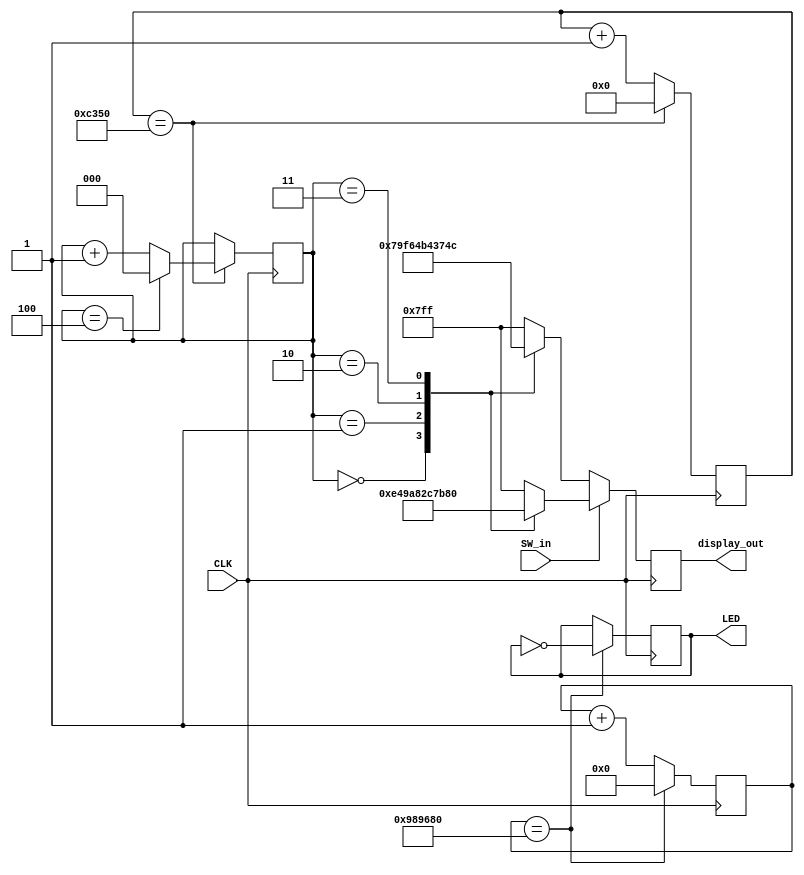
`timescale 1ns / 1ps
//////////////////////////////////////////////////////////////////////////////////
// Company: 
// Engineer: 
// 
// Design Name: 
// Module Name: test
// Project Name: 
// Target Devices: 
// Tool Versions: 
// Description: 
// 
// Dependencies: 
// 
// Revision:
// Revision 0.01 - File Created
// Additional Comments:
// 
//////////////////////////////////////////////////////////////////////////////////


module test(
    input CLK,
    input SW_in,
    output reg[10:0] display_out,
    output reg LED
    );
    reg [19:0]count=0;
    reg [25:0]count1=0;
    reg [2:0] sel=0;
    reg [2:0] millis=0;
    reg [9:0] press=0;
    reg [3:0] SES1=0;
    reg [3:0] SES2=0;
    reg [3:0] SES3=0;
    reg [3:0] SES4=0;
    parameter T1MS=50000;
    parameter T2MS=10000000;
    parameter SE1=7'b1001111;
    parameter SE2=7'b0010010;
    parameter SE3=7'b0000110;
    parameter SE4=7'b1001100;
    parameter SE5=7'b0100100;
    parameter SE6=7'b0100000;
    parameter SE7=7'b0001111;
    parameter SE8=7'b0000000;
    parameter SE9=7'b0000100;
    parameter SE0=7'b0000001;
    always@(posedge CLK)
        begin
            if(SW_in==0)
                begin
                case(sel)
                0:display_out<=11'b0111<<7|SE1;
                1:display_out<=11'b1011<<7|SE2;
                2:display_out<=11'b1101<<7|SE3;  
                3:display_out<=11'b1110<<7|SE4;                  
                default:display_out<=11'b1111_1111111;
                endcase
                end
            else
                begin
                case(sel)
                0:display_out<=11'b1110_0100100;
                1:display_out<=11'b1101_0100000;
                2:display_out<=11'b1011_0001111;
                3:display_out<=11'b0111_0000000;
                default:display_out<=11'b1111_1111111;
                endcase
                end
        end
        
    always@(posedge CLK)
        begin
            count<=count+1;
            if(count==T1MS)
                begin
                count<=0;
                sel<=sel+1;
                if(sel==4)
                    sel<=0;
                end
            end
      always@(posedge CLK)
          begin
              count1<=count1+1;
              if(count1==T2MS)
                  begin
                      count1<=0;
                      LED=!LED;
                  end
           end
       always@(posedge CLK)
           begin
                SES1<=press/1000;
                SES2<=(press-SES1*1000)/100;
                SES3<=(press-SES1*1000-SES2*100)/10;
                SES4<=press-SES1*1000-SES2*100-SES3*10;
           end
       always@(posedge SW_in)
            begin
                press<=press+1;
                if(press>1000)
                    press<=0;
            end               
endmodule